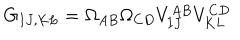
G _ { I J , K L } = \Omega _ { A B } \Omega _ { C D } V _ { I J } ^ { A B } V _ { K L } ^ { C D }